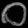
Digit: ၀